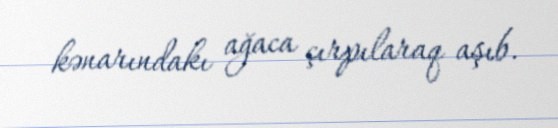
kənarındakı ağaca çırpılaraq aşıb.